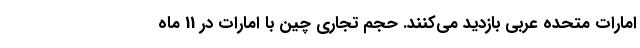
امارات متحده عربی بازدید می‌کنند. حجم تجاری چین با امارات در 11 ماه